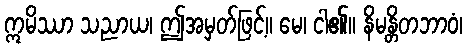
ဣမိဿာ သညာယ၊ ဤအမှတ်ဖြင့်။ မေ၊ ငါ၏။ နိမန္တိတဘာဝံ၊